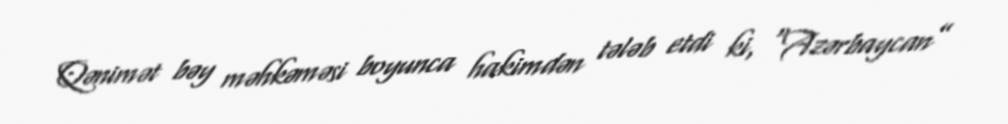
Qənimət bəy məhkəməsi boyunca hakimdən tələb etdi ki, “Azərbaycan”